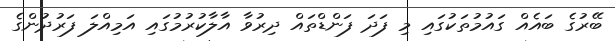
ބޭރުގެ ބައެއް ގައުމުތަކުގައި މި ފަދަ ފަންޑްތައް ދިރުވާ އާލާކުރުމުގައި އަމިއްލަ ފަރުދުންގެ